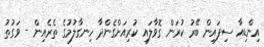
އިންޑިއާ ސިފައިން ބޭރު ކުރަން ގޮވާލައި ކުރިއަށްގެންދާ ހިނގާލުމުގެ ތެރެއިން - ވަގުތު